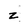
Character: z